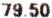
79.50